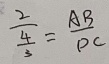
\frac { 2 } { \frac { 4 } { 3 } } = \frac { A B } { D C }